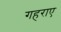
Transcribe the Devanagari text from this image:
गहराए